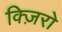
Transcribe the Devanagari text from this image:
क्ज़िरो